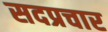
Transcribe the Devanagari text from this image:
सदप्रचार